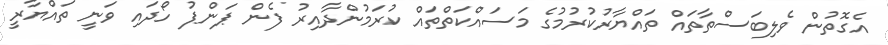
އެގޮތުން ވެލިބަސްތާތައް ތައްޔާރުކުރުމުގެ މަސައްކަތްތައް ކުރަމުންދާއިރު ފެން ޕަންޕު ހޯދައި ވަނީ ތައްޔާރީ